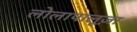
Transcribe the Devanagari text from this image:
लोलापालूज़ा